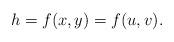
LaTeX: \begin{align*} h = f(x,y) = f(u,v).\end{align*}